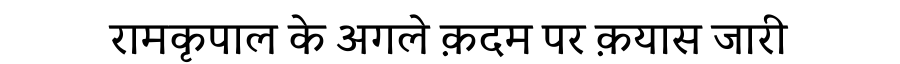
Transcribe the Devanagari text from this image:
रामकृपाल के अगले क़दम पर क़यास जारी